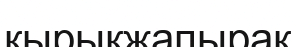
қырықжапырақ